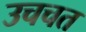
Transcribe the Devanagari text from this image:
उचचत